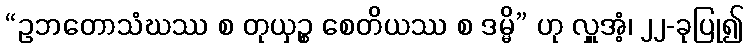
“ဥဘတောသံဃဿ စ တုယှဉ္စ စေတိယဿ စ ဒမ္မိ” ဟု လှူအံ့၊ ၂၂-ခုပြု၍